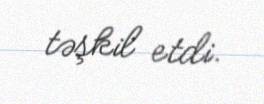
təşkil etdi.